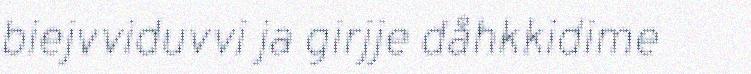
biejvviduvvi ja girjje dåhkkidime